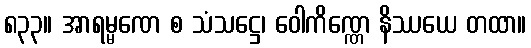
၈၃၃။ အာရမ္မဏေ စ သံသဋ္ဌေ၊ ဝေါကိဏ္ဏေ နိဿယေ တထာ။